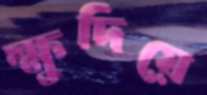
ক্ষুদিয়ে